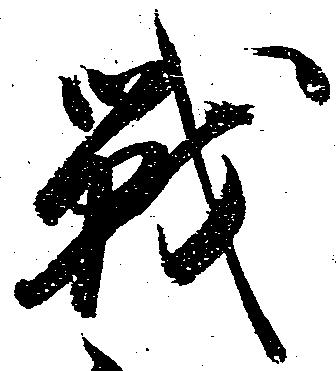
戦